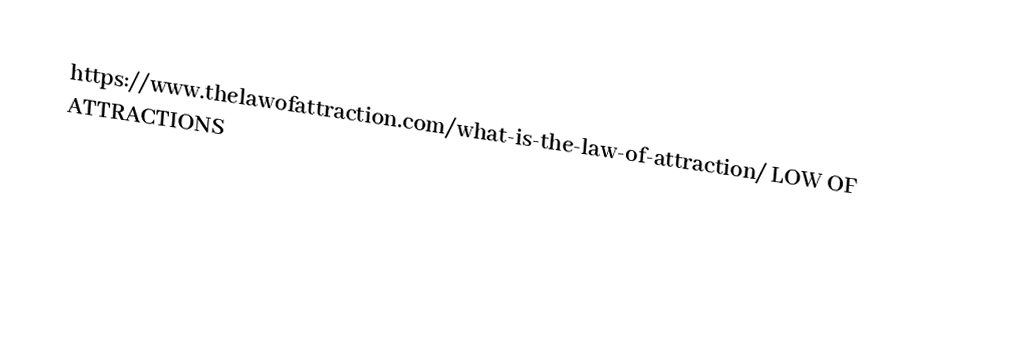
https://www.thelawofattraction.com/what-is-the-law-of-attraction/ LOW OF ATTRACTIONS